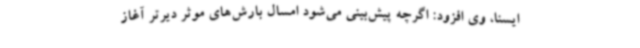
ایسنا، وی افزود: اگرچه پیش‌بینی می‌شود امسال بارش‌های موثر دیرتر آغاز